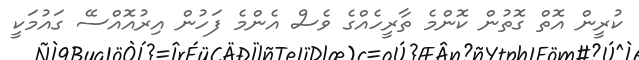
ކުރީން އޮތް ގޮތުން ކޮންމެ ތާރީހެއްގެ ވެސް އެންމެ ފަހުން އިރުއޮއްސޭ ގައުމަކީ